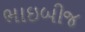
ભાઇબીજ